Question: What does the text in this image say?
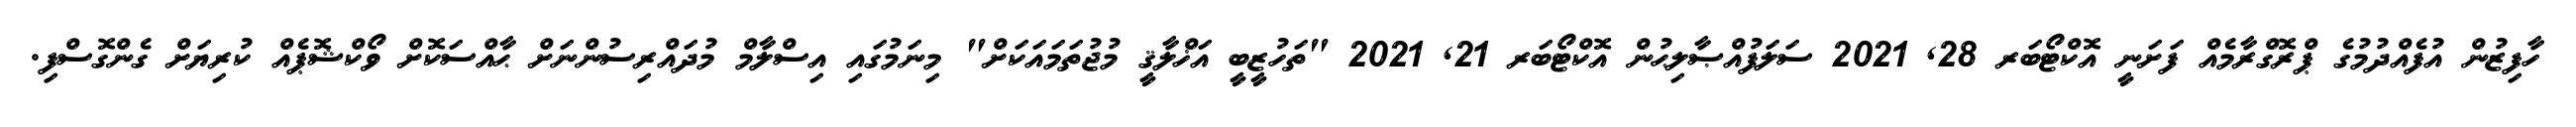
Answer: ހާފިޒުން އުފެއްދުމުގެ ޕްރޮގްރާމެއް ފަށަނީ އޮކްޓޯބަރ 28, 2021 ސަލަފުއްޞާލިޙުން އޮކްޓޯބަރ 21, 2021 "ތަހުޒީބީ އަޚްލާޤީ މުޖުތަމައަކަށް" މިނަމުގައި އިސްލާމް މުދައްރިސުންނަށް ޙާއްސަކޮށް ވޯކްޝޮޕެއް ކުރިޔަށް ގެންގޮސްފި.